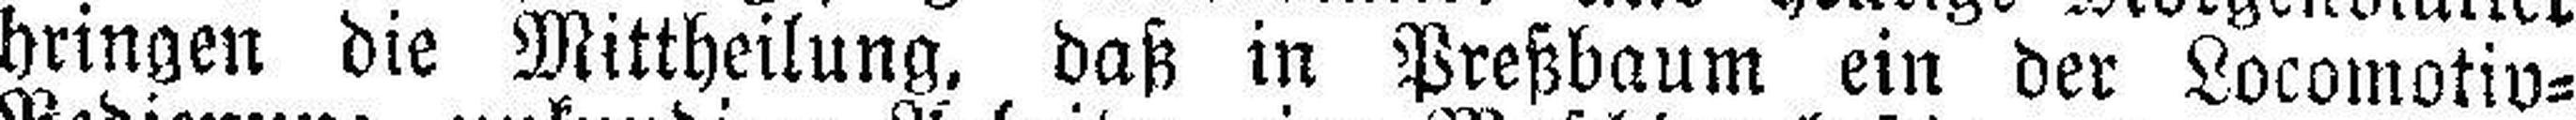
bringen die Mittheilung, daß in Preßbaum ein der Locomotiv=